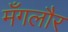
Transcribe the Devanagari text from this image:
मँगलौर